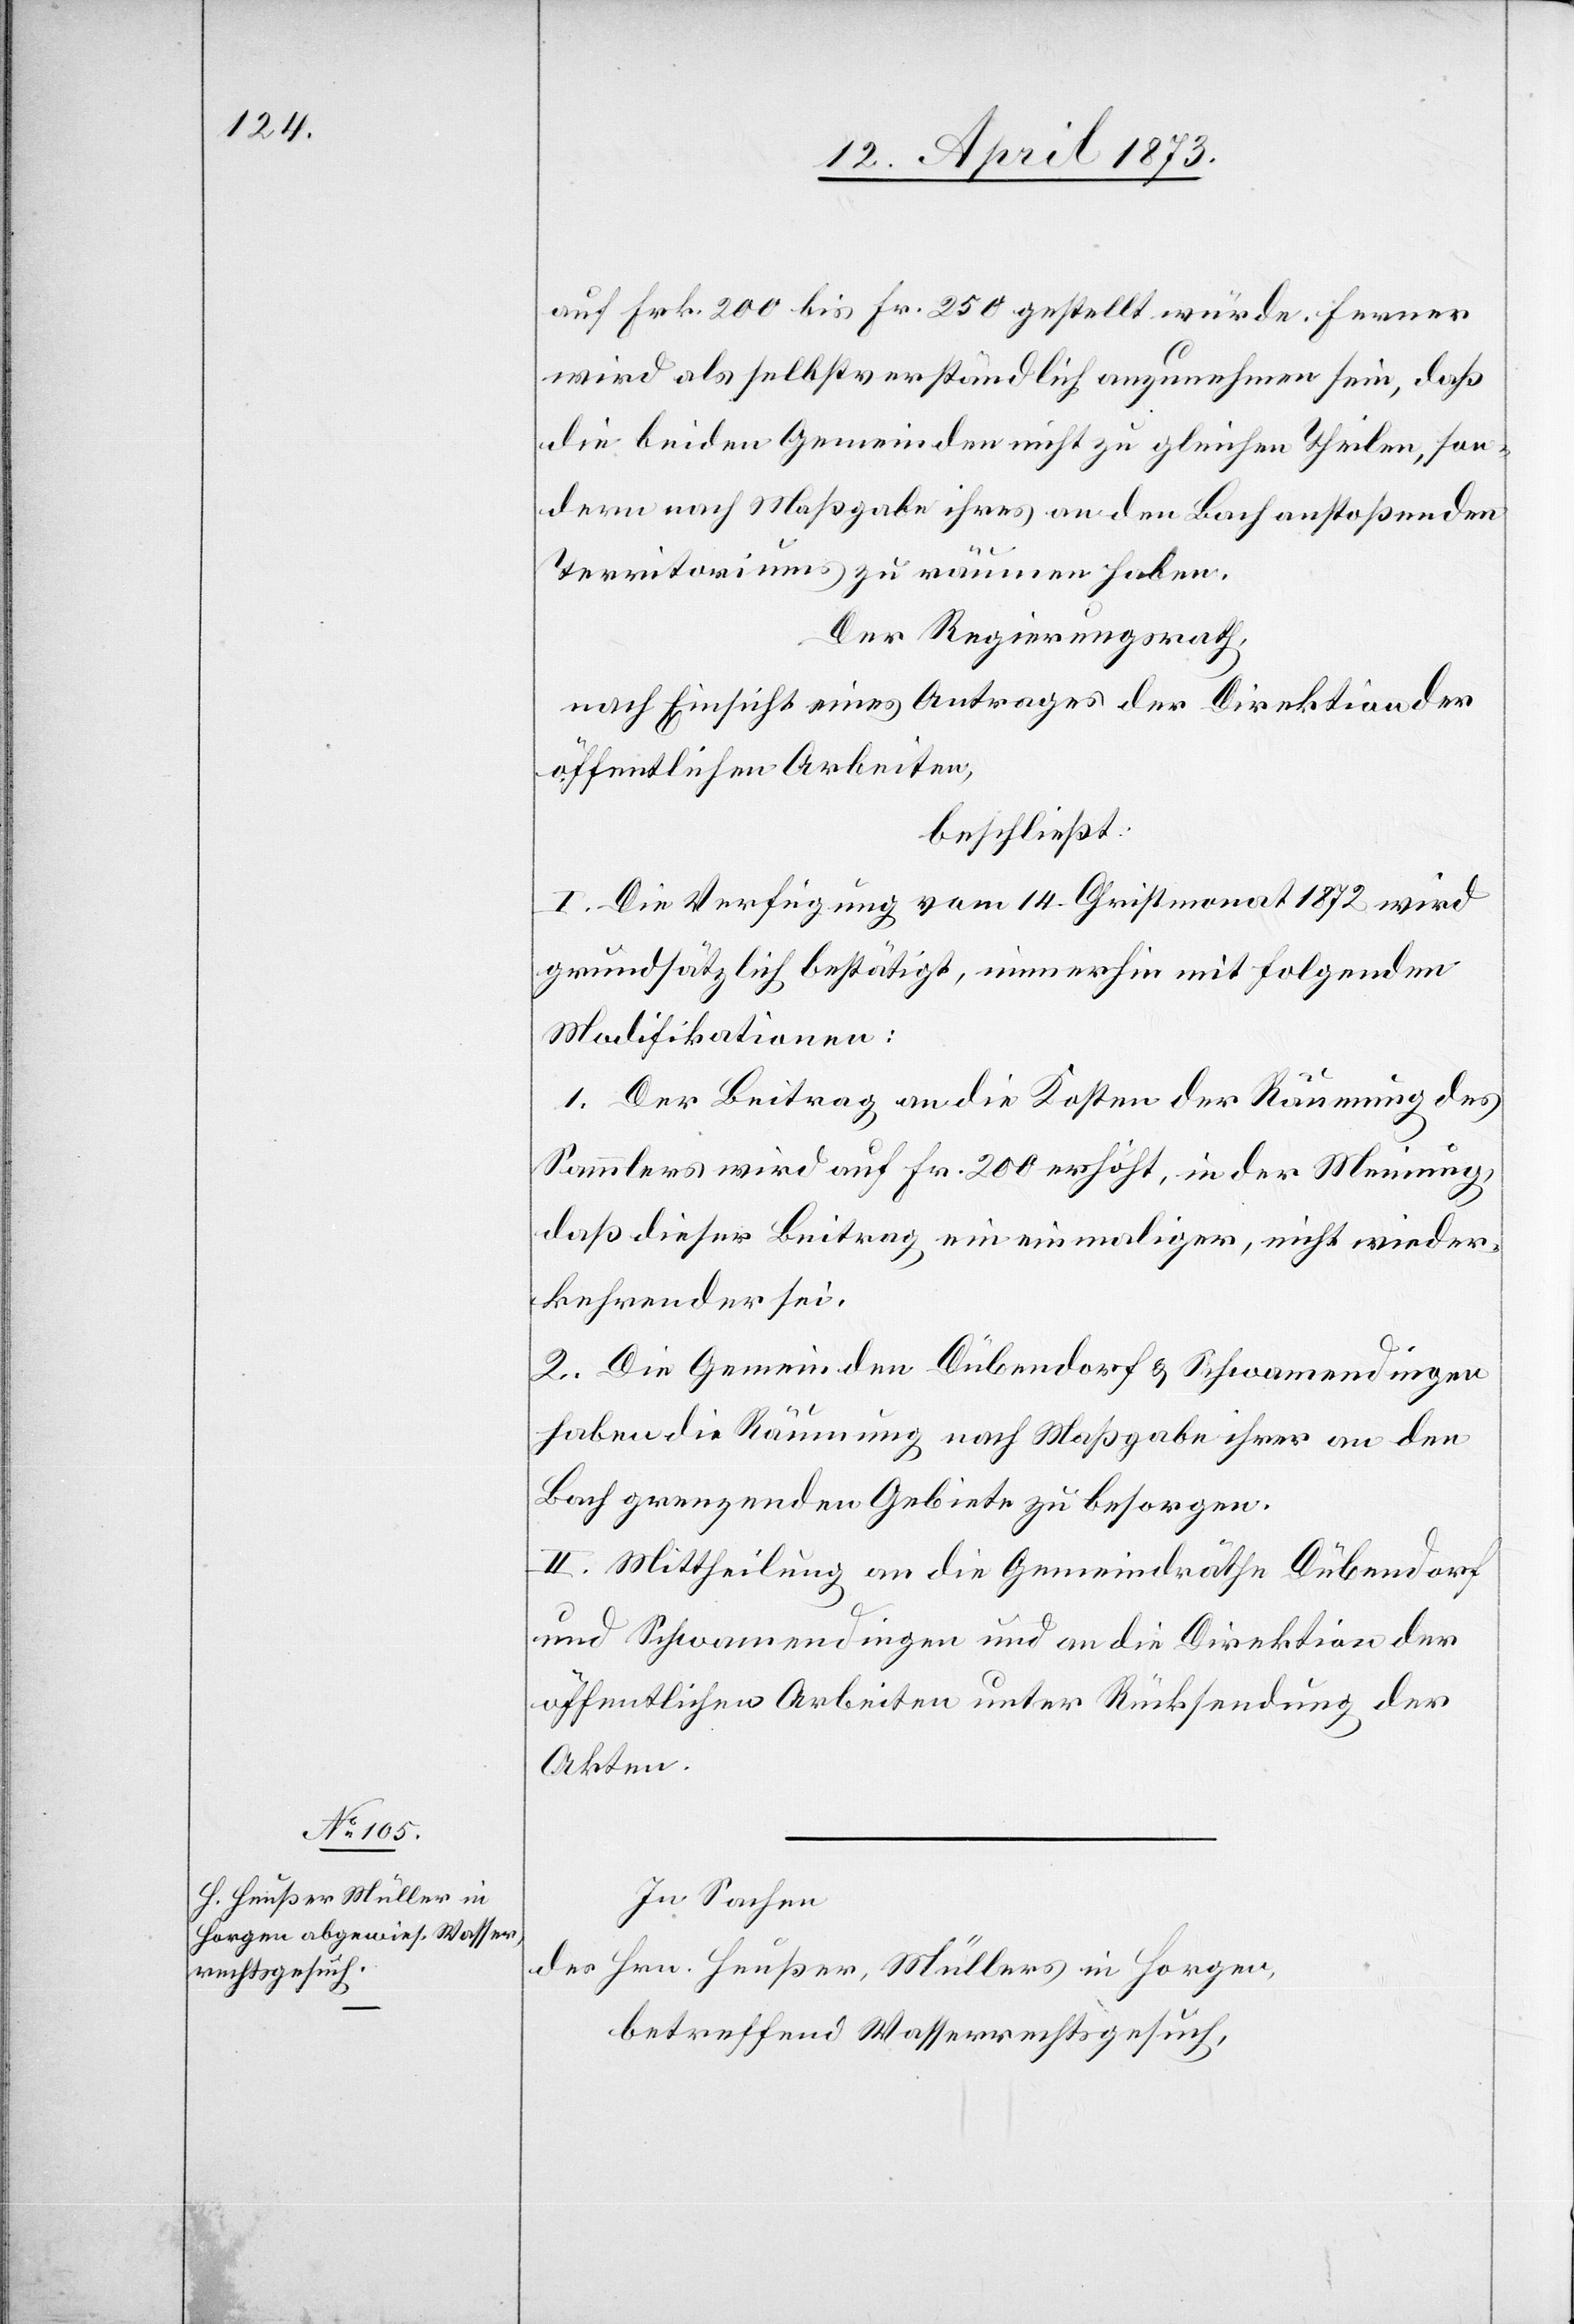
auf Frk. 200 bis Fr. 250 gestellt würde. Ferner
wird als selbstverständlich anzunehmen sein, daß
die beiden Gemeinden nicht zu gleichen Theilen, son¬
dern nach Maßgabe ihres an den Bach anstoßenden
Territoriums zu räumen haben.
Der Regierungsrath,
nach Einsicht eines Antrages der Direktion der
öffentlichen Arbeiten
beschließt:
I. Die Verfügung vom 14. Christmonat 1872 wird
grundsätzlich bestätigt, immerhin mit folgenden
Modifikationen:
1. Der Beitrag an die Kosten der Räumung des
Sammlers wird auf Fr. 200 erhöht, in der Meinung,
daß dieser Beitrag ein einmaliger, nicht wieder¬
kehrender sei.
2. Die Gemeinden Dübendorf & Schwamendingen
haben die Räumung nach Maßgabe ihrer an den
Bach grenzenden Gebiete zu besorgen.
II. Mittheilung an die Gemeindräthe Dübendorf
und Schwamendingen und an die Direktion der
öffentlichen Arbeiten unter Rücksendung der
Akten.
In Sachen
des Hrn. Heußer, Müllers in Horgen,
betreffend Wasserrechtsgesuch,